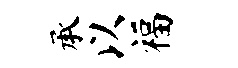
承以福